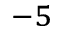
^ { - 5 }